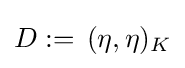
D:=\,(\eta ,\eta )_{K}